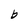
Character: b